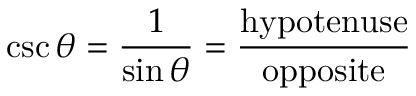
\csc \theta = { \frac { 1 } { \sin \theta } } = { \frac { \mathrm { h y p o t e n u s e } } { \mathrm { o p p o s i t e } } }